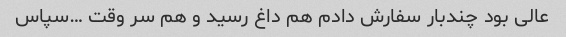
عالی بود چندبار سفارش دادم هم داغ رسید و هم سر وقت …سپاس